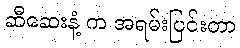
ဆီဆေးနံ့ က အရမ်းပြင်းတာ